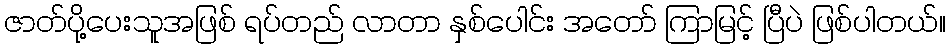
ဇာတ်ပို့ပေးသူအဖြစ် ရပ်တည် လာတာ နှစ်ပေါင်း အတော် ကြာမြင့် ပြီပဲ ဖြစ်ပါတယ်။